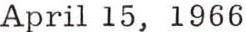
April 15, 1966